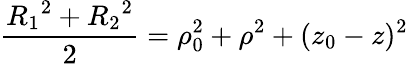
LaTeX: \frac{{R_{1}}^{2}+{R_{2}}^{2}}{2}=\rho_{0}^{2}+\rho^{2}+(z_{0}-z)^{2}